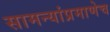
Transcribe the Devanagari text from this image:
सामन्यांप्रमाणेच